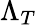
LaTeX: \Lambda_{T}